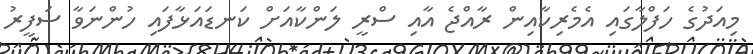
މިއަދުގެ ހަފްލާގައި އެމެރިކާއިން ރާއްޖެ އާއި ސްރީ ލަންކާއަށް ކަނޑައަޅާފައި ހުންނަވާ ސަފީރު